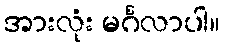
အားလုံး မင်္ဂလာပါ။